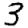
Digit: 3